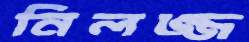
নিলজ্জ